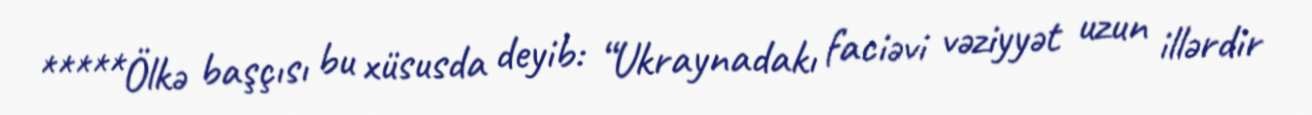
*****Ölkə başçısı bu xüsusda deyib: “Ukraynadakı faciəvi vəziyyət uzun illərdir